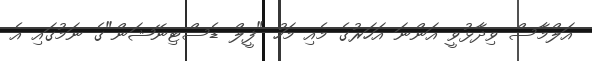
އަލްމާސް ވިދާޅުވީ އަންނަ އަހަރުގެ މެއި މަހު "ފީލް ޑެސްޓިނޭޝަން"ގެ ނަމުގައި އެ